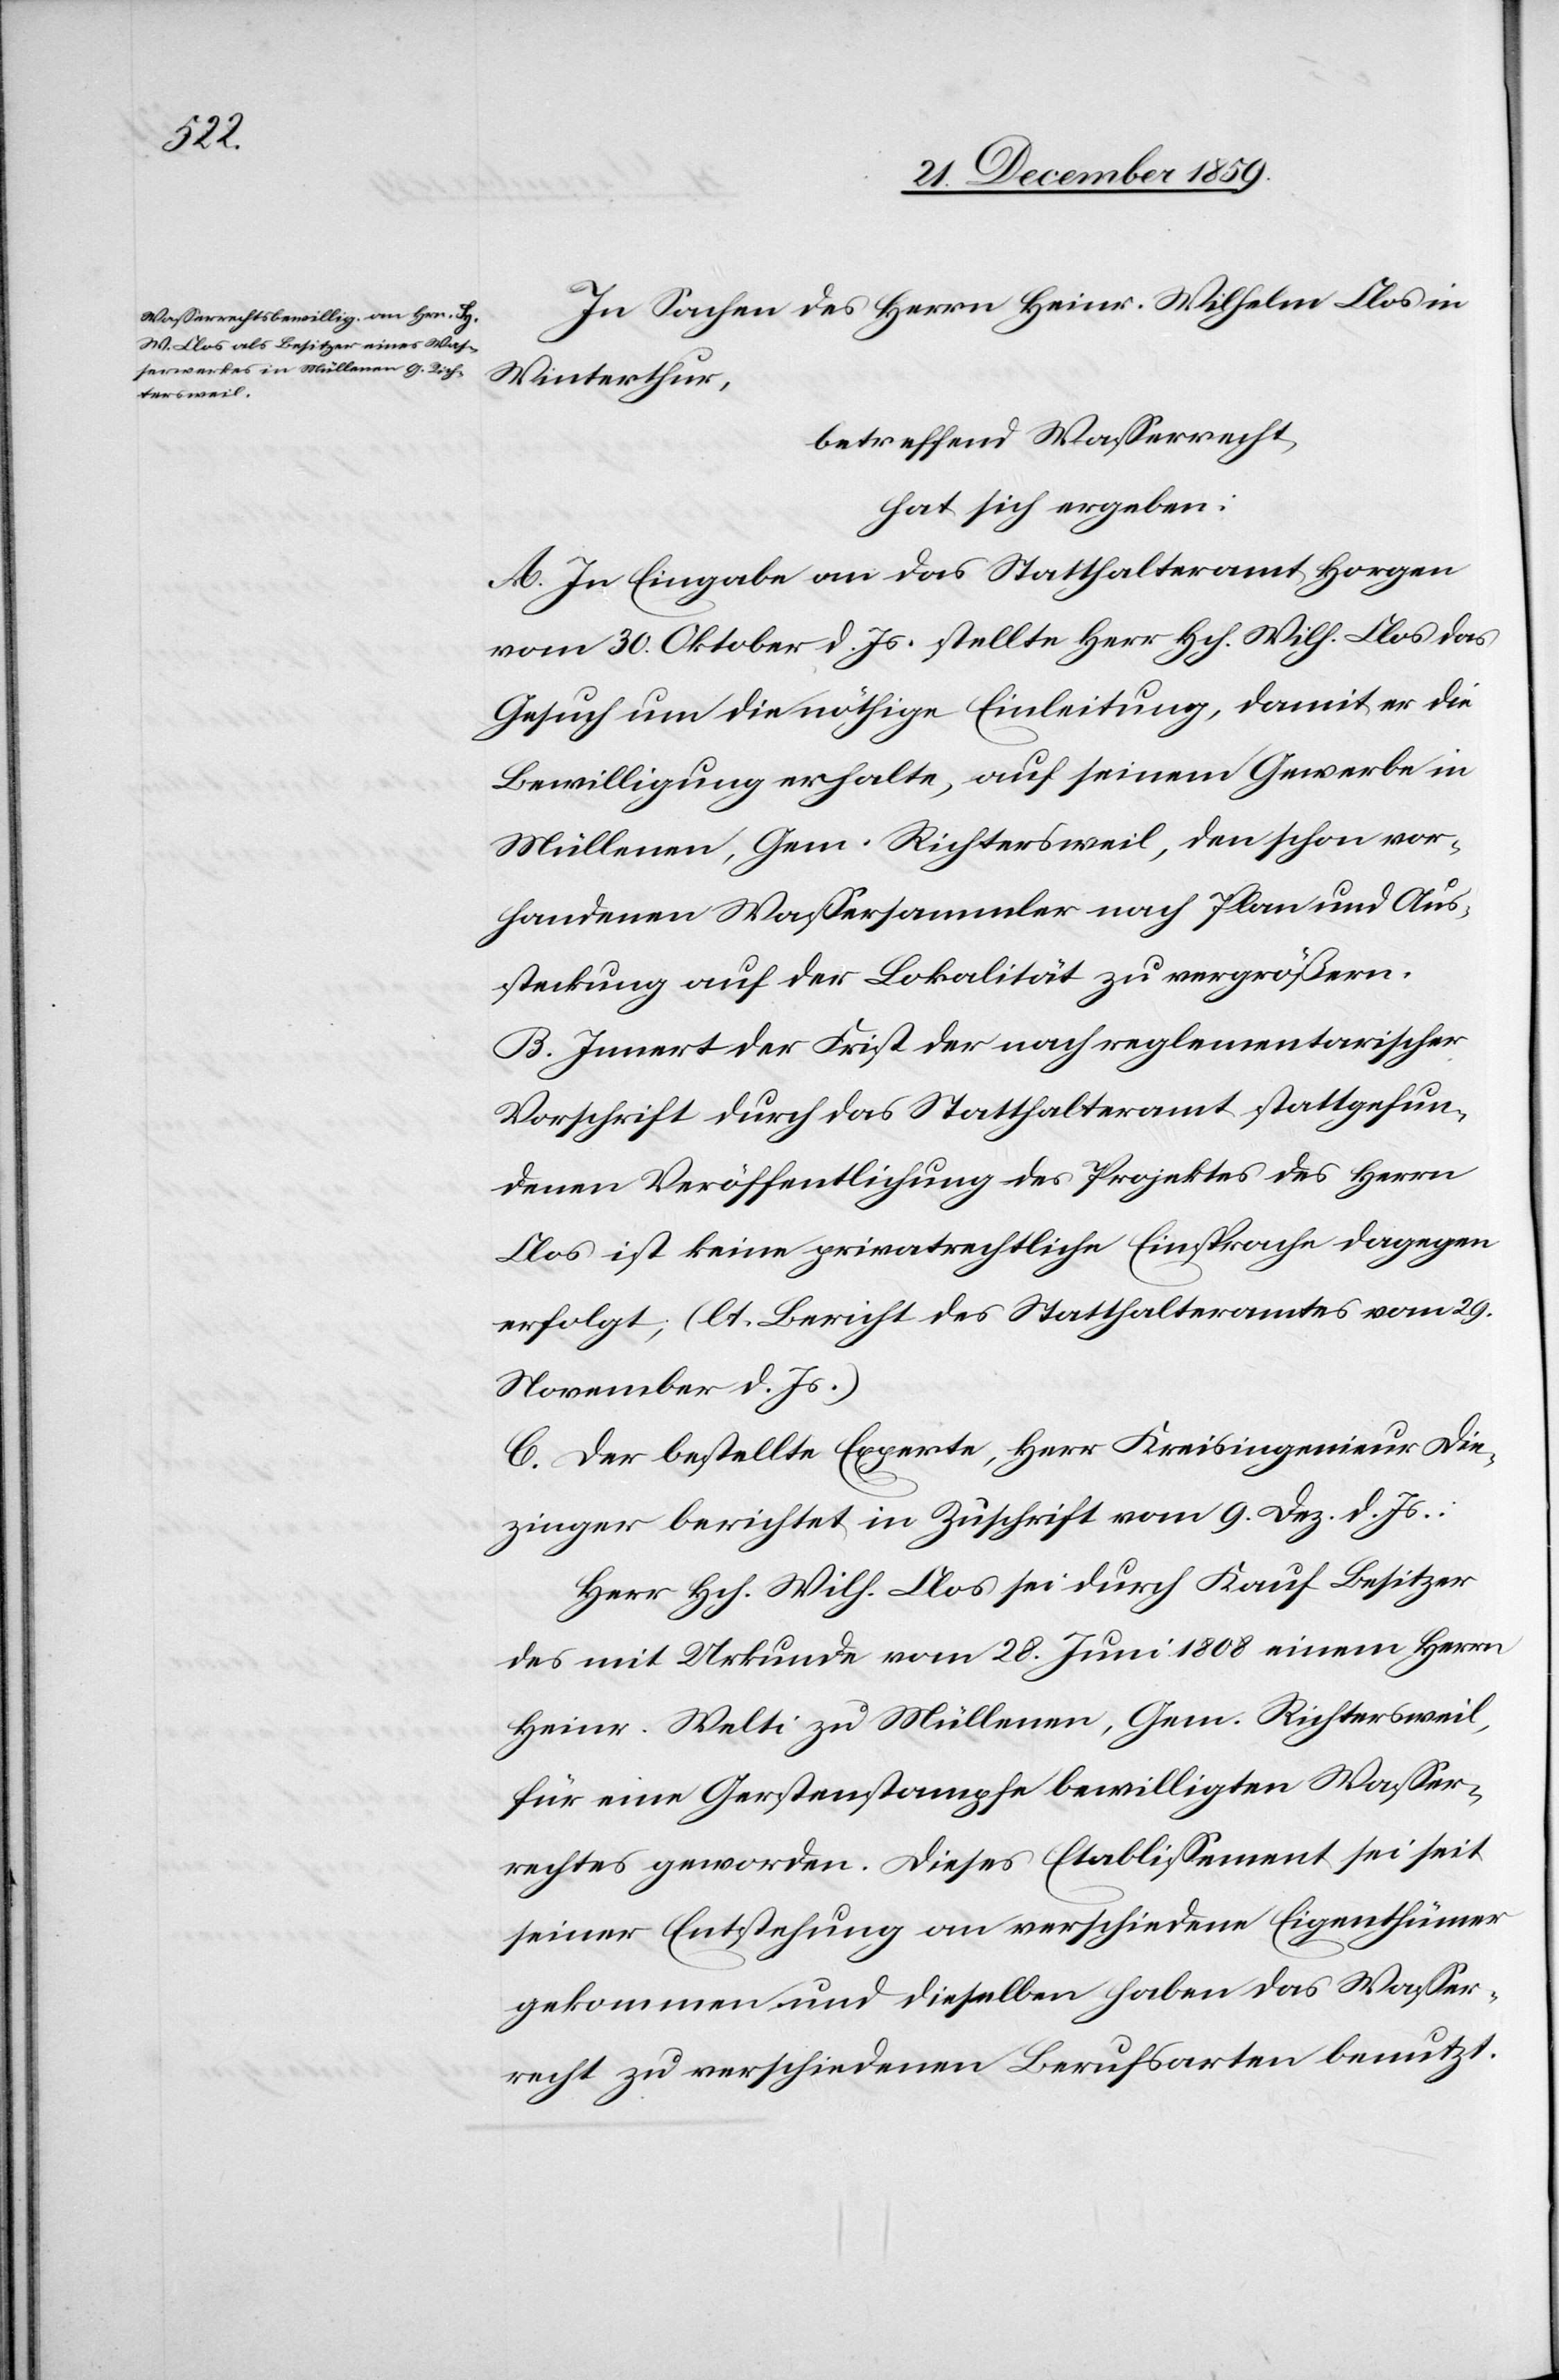
In Sachen des Herrn Heinr. Wilhelm Clos in
Winterthur,
betreffend Wasserrecht,
hat sich ergeben:
A. In Eingabe an das Statthalteramt Horgen
vom 30. Oktober d. Js. stellte Herr Hch. Wilh. Clos das
Gesuch um die nöthige Einleitung, damit er die
Bewilligung erhalte, auf seinem Gewerbe in
Müllenen, Gem. Richtersweil, den schon vor¬
handenen Wassersammler nach Plan und Aus¬
steckung auf der Lokalität zu vergrößern.
B. Innert der Frist der nach reglementarischer
Vorschrift durch das Statthalteramt stattgefun¬
denen Veröffentlichung des Projektes des Herrn
Clos ist keine privatrechtliche Einsprache dagegen
erfolgt; (lt. Bericht des Statthalteramtes vom 29.
November d. Js.)
C. Der bestellte Experte, Herr Kreisingenieur Die¬
zinger berichtet in Zuschrift vom 9. Dez. d. Js.:
Herr Hch. Wilh. Clos sei durch Kauf Besitzer
des mit Urkunde vom 28. Juni 1808 einem Herrn
Heinr. Welti zu Müllenen, Gem. Richtersweil,
für eine Gerstenstampfe bewilligten Wasser¬
rechts geworden. Dieses Etablissement sei seit
seiner Entstehung an verschiedene Eigenthümer
gekommen und dieselben haben das Wasser¬
recht zu verschiedenen Berufsarten benutzt.